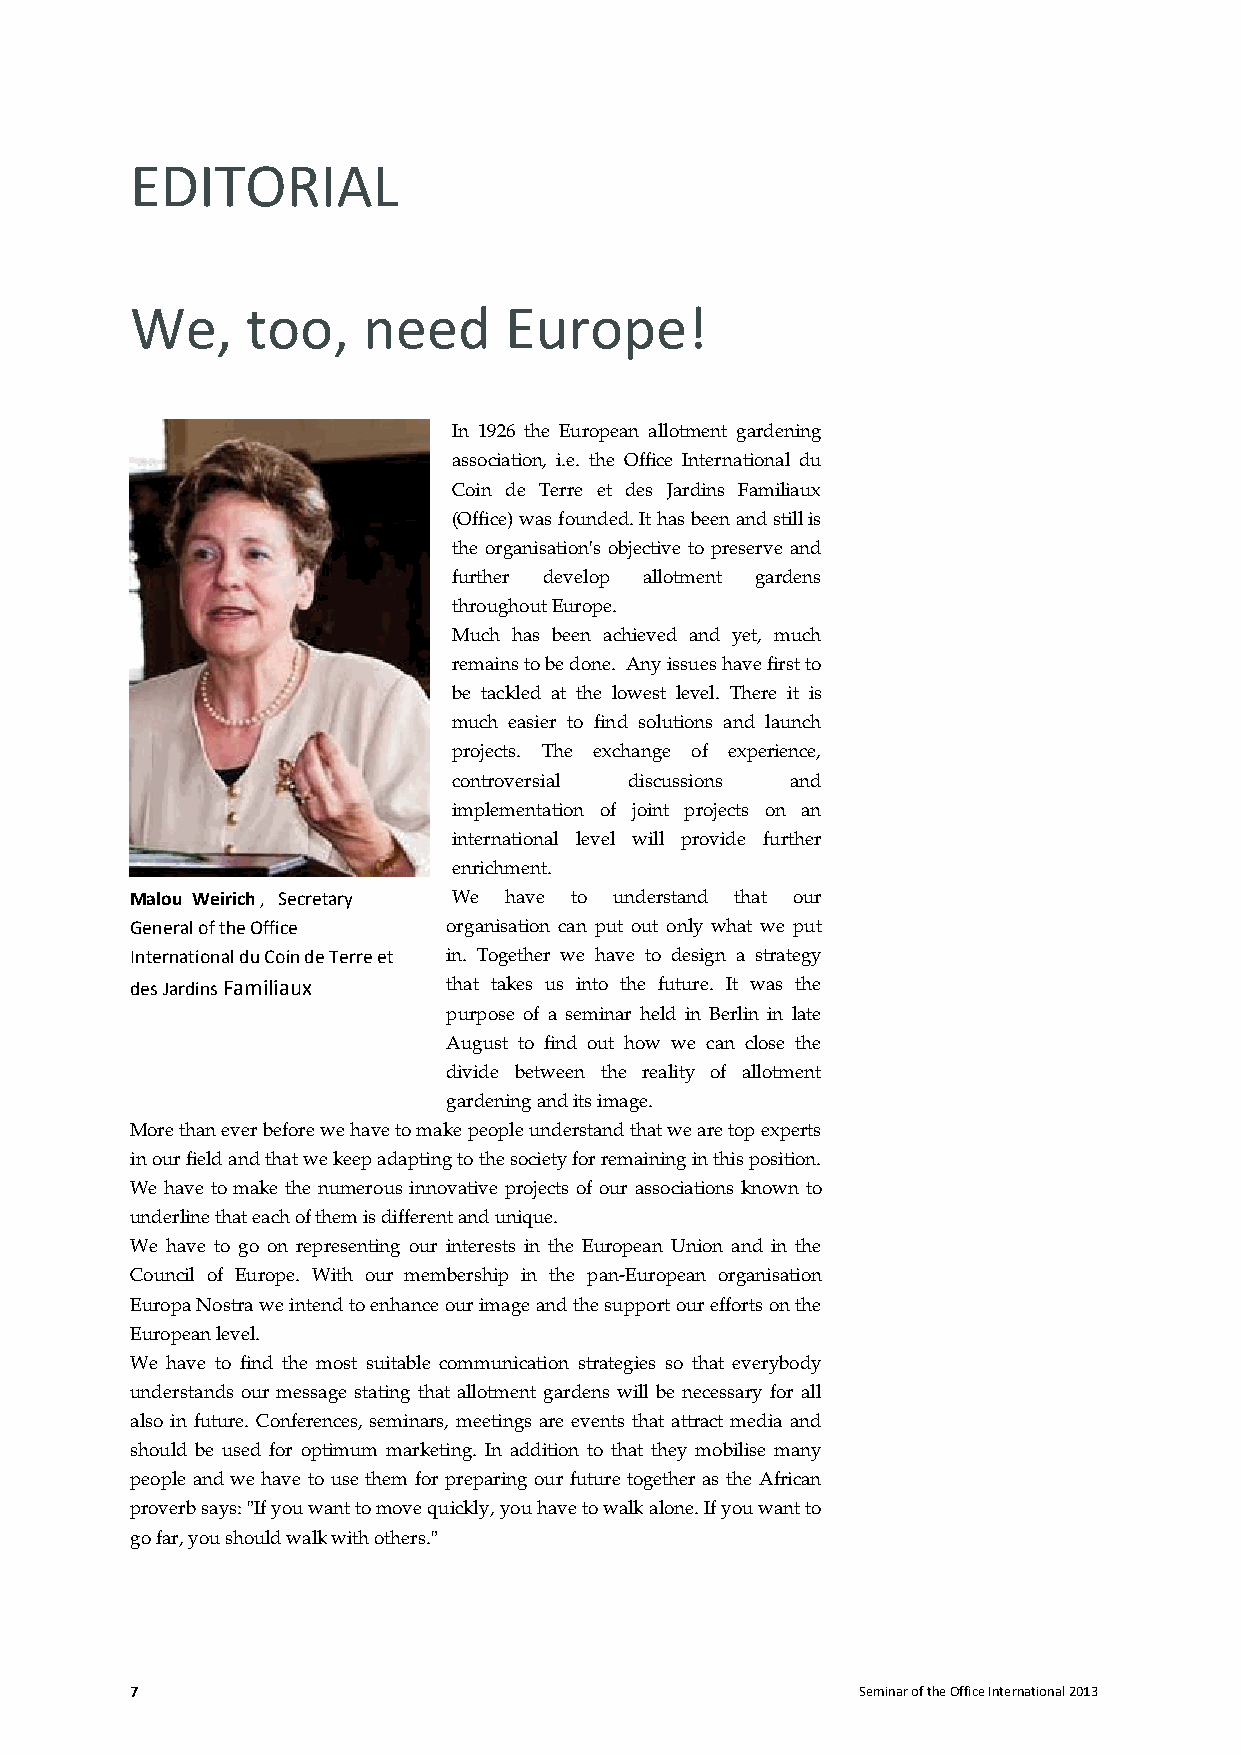
EDITORIAL
 We,    too,    need     Europe!
 In 1926 the European allotment gardening
 association, i.e. the Office International du
 Coin de Terre et des Jardins Familiaux
 (Office) was founded. It has been and still is
 the organisation's objective to preserve and
 further develop allotment gardens
 throughout Europe.
 Much has been achieved and yet, much
 remains to be done. Any issues have first to
 be tackled at the lowest level. There it is
 much easier to find solutions and launch
 projects. The exchange of experience,
 controversial discussions and
 implementation of joint projects on an
 international level will provide further
 enrichment.
 Malou Weirich , Secretary We have to understand that our
 General of the Office o r g a n isation can put out only what we put
 International du Coin de Terre et in. Together we have to design a strategy
 des Jardins Familiaux that takes us into the future. It was the
 purpose of a seminar held in Berlin in late
 August to find out how we can close the
 divide between the reality of allotment
 gardening and its image.
 More than ever before we have to make people understand that we are top experts
 in our field and that we keep adapting to the society for remaining in this position.
 We have to make the numerous innovative projects of our associations known to
 underline that each of them is different and unique.
 We have to go on representing our interests in the European Union and in the
 Council of Europe. With our membership in the pan-European organisation
 Europa Nostra we intend to enhance our image and the support our efforts on the
 European level.
 We have to find the most suitable communication strategies so that everybody
 understands our message stating that allotment gardens will be necessary for all
 also in future. Conferences, seminars, meetings are events that attract media and
 should be used for optimum marketing. In addition to that they mobilise many
 people and we have to use them for preparing our future together as the African
 proverb says: "If you want to move quickly, you have to walk alone. If you want to
 go far, you should walk with others."
 7                                               Seminar of the Office International 2013